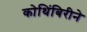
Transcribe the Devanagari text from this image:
कोथिंबिरीने